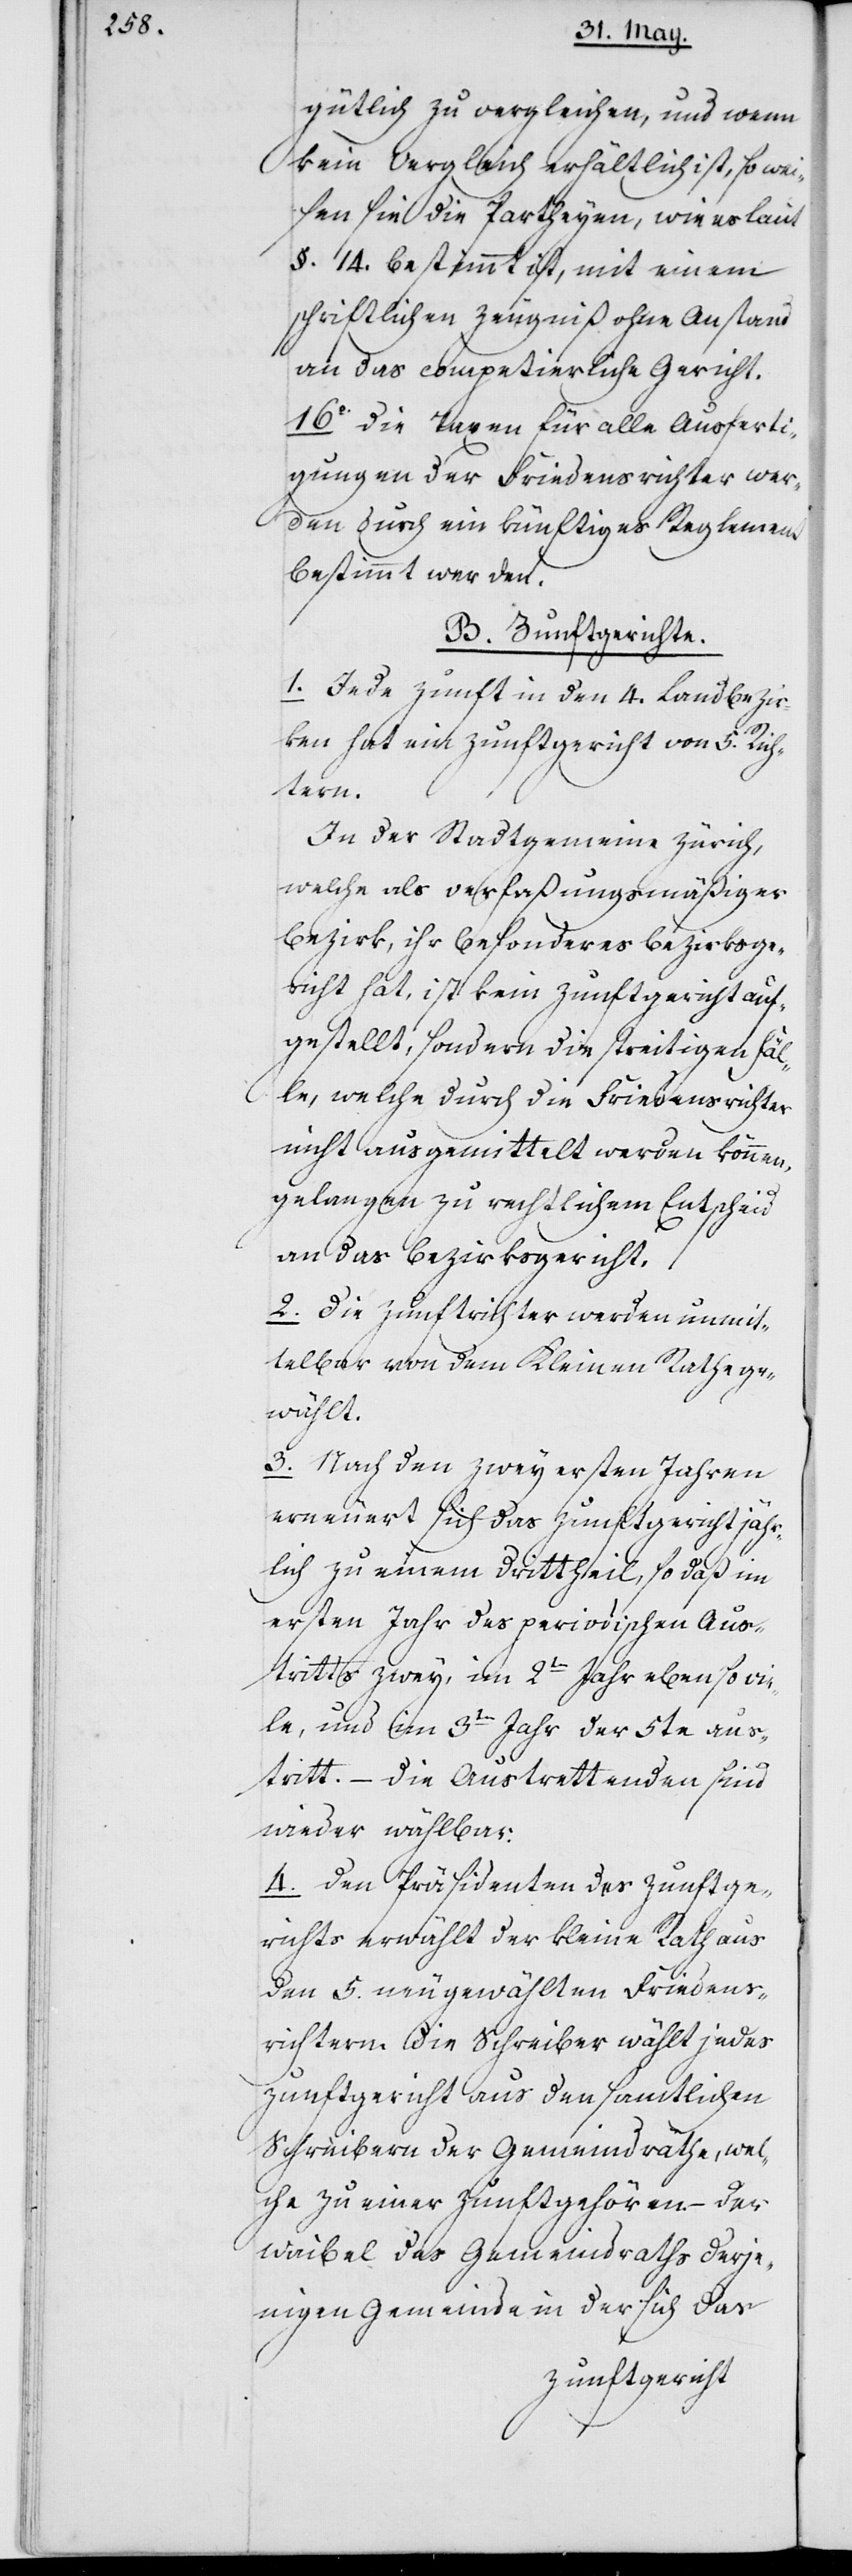
gütlich zu vergleichen, und wenn
kein Vergleich erhältlich ist, so wei¬
sen sie die Partheyen, wie es laut
§. 14. bestimmt ist, mit einem
schriftlichen Zeugnis ohne Anstand
an das competierliche Gericht.
16. Die Taxen für alle Ausferti¬
gungen der Friedensrichter wer¬
den durch ein künftiges Reglement
bestimmt werden.
B. Zunftgerichte.
1. Jede Zunft in den 4. Landbezir¬
ken hat ein Zunftgericht von 5. Rich¬
tern.
In der Stadtgemeine Zürich,
welche als verfaßungsmäßiger
Bezirk ihr besonderes Bezirksge¬
richt hat, ist kein Zunftgericht auf¬
gestellt, sondern die streitigen Fäl¬
le, welche durch die Friedensrichter
nicht ausgemittelt werden können,
gelangen zu rechtlichem Entscheid
an das Bezirksgericht.
2. Die Zunftrichter werden unmit¬
telbar von dem Kleinen Rath ge¬
wählt.
3. Nach den zwey ersten Jahren
erneuert sich das Zunftgericht jähr¬
lich zu einem Drittheil, so daß im
ersten Jahr des periodischen Aus¬
tritts zwei, im 2ten Jahr ebensovie¬
le, und im 3ten Jahr der 5te aus¬
tritt. – Die Austrettenden sind
wieder wählbar.
4. Den Präsidenten des Zunftge¬
richts erwählt der Kleine Rath aus
den 5. neugewählten Friedens¬
richtern. Die Schreiber wählt jedes
Zunftgericht aus den samtlichen
Schreibern der Gemeinderäthe, wel¬
che zu einer Zunft gehören. – Der
Waibel des Gemeinderaths derje¬
nigen Gemeinde in der sich das